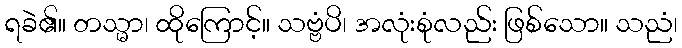
ရခဲ၏။ တသ္မာ၊ ထိုကြောင့်။ သဗ္ဗံပိ၊ အလုံးစုံလည်း ဖြစ်သော။ သညံ၊